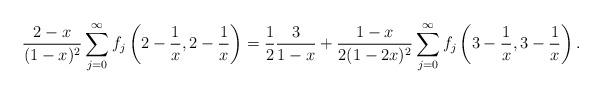
LaTeX: \begin{align*}\frac{2-x}{(1-x)^2} \sum_{j=0}^\infty f_j \left(2-\frac{1}{x}, 2-\frac{1}{x} \right) = \frac{1}{2}\frac{3}{1-x} + \frac{1-x}{2(1-2x)^2} \sum_{j=0}^\infty f_j \left(3-\frac{1}{x}, 3-\frac{1}{x} \right).\end{align*}